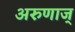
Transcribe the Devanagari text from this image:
अरुणाज्